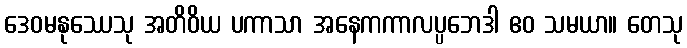
ဒေဝမနုဿေသု အတိဝိယ ပကာသာ အနေကကာလပ္ပဘေဒါ ဧဝ သမယာ။ တေသု